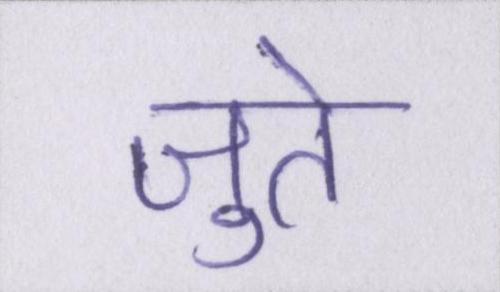
जुते